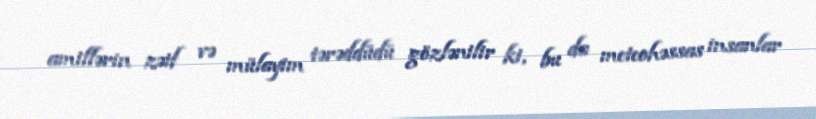
amillərin zəif və mülayim tərəddüdü gözlənilir ki, bu da meteohəssas insanlar